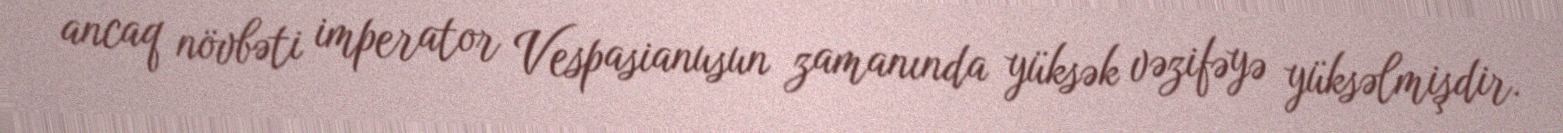
ancaq növbəti imperator Vespasianusun zamanında yüksək vəzifəyə yüksəlmişdir.